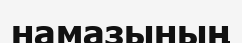
намазының